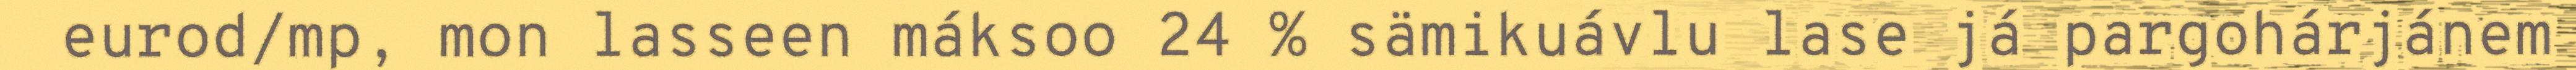
eurod/mp, mon lasseen máksoo 24 % sämikuávlu lase já pargohárjánem